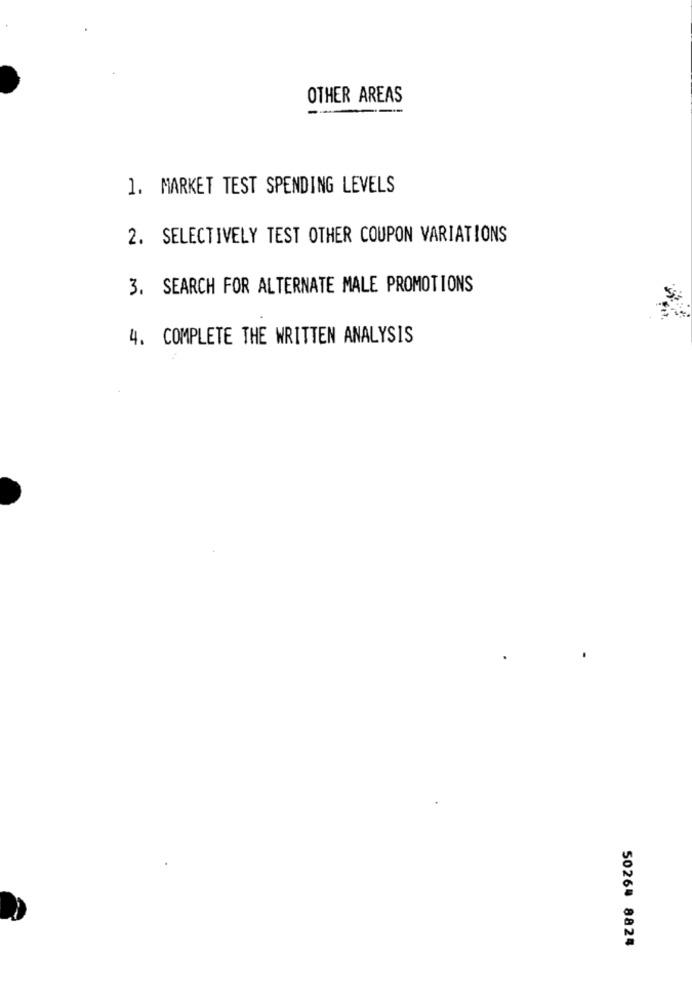
OTHER AREAS
1. MARKET TEST SPENDING LEVELS
2. SELECTIVELY TEST OTHER COUPON VARIATIONS
3. SEARCH FOR ALTERNATE MALE PROMOTIONS
4. COMPLETE THE WRITTEN ANALYSIS
5026# 8824